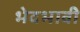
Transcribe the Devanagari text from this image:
भेदभावी